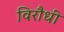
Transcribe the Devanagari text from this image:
विरौधी